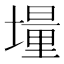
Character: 𡑆